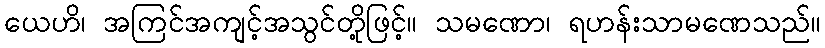
ယေဟိ၊ အကြင်အကျင့်အသွင်တို့ဖြင့်။ သမဏော၊ ရဟန်းသာမဏေသည်။